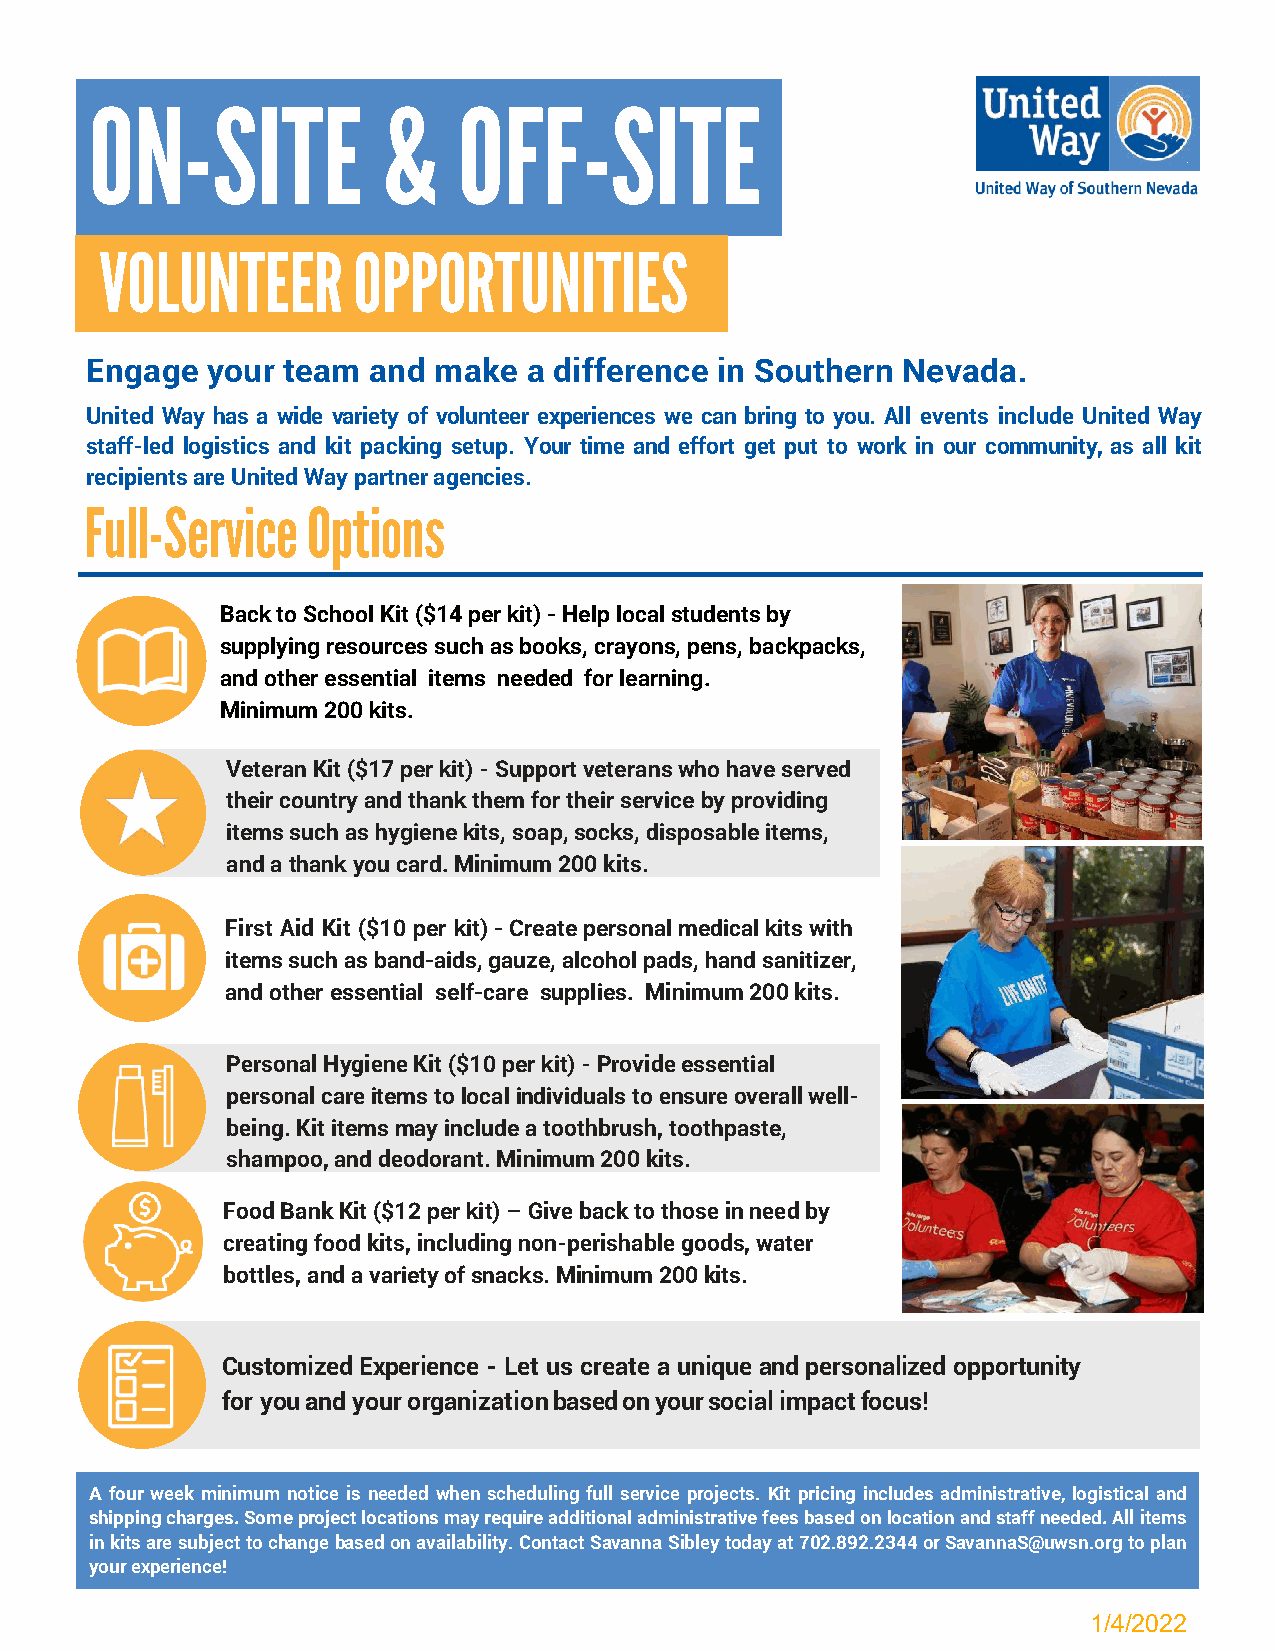
ON-SITE            &    OFF-SITE
 VOLUNTEER       OPPORTUNITIES
 Engage  your team and  make  a difference in Southern Nevada.
 United Way has a wide variety of volunteer experiences we can bring to you. All events include United Way
 staff-led logistics and kit packing setup. Your time and effort get put to work in our community, as all kit
 recipients are United Way partner agencies.
 Full-Service  Options
 Back to School Kit ($14 per kit) - Help local students by
 supplying resources such as books, crayons, pens, backpacks,
 and other essential items needed for learning.
 Minimum 200 kits.
 Veteran Kit ($17 per kit) - Support veterans who have served
 their country and thank them for their service by providing
 items such as hygiene kits, soap, socks, disposable items,
 and a thank you card. Minimum 200 kits.
 First Aid Kit ($10 per kit) - Create personal medical kits with
 items such as band-aids, gauze, alcohol pads, hand sanitizer,
 and other essential self-care supplies. Minimum 200 kits.
 Personal Hygiene Kit ($10 per kit) - Provide essential
 personal care items to local individuals to ensure overall well-
 being. Kit items may include a toothbrush, toothpaste,
 shampoo, and deodorant. Minimum 200 kits.
 Food Bank Kit ($12 per kit) – Give back to those in need by
 creating food kits, including non-perishable goods, water
 bottles, and a variety of snacks. Minimum 200 kits.
 Customized Experience - Let us create a unique and personalized opportunity
 for you and your organization based on your social impact focus!
 A four week minimum notice is needed when scheduling full service projects. Kit pricing includes administrative, logistical and
 shipping charges. Some project locations may require additional administrative fees based on location and staff needed. All items
 in kits are subject to change based on availability. Contact Savanna Sibley today at 702.892.2344 or SavannaS@uwsn.org to plan
 your experience!
 1/4/2022